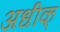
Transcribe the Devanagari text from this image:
अधीक्